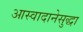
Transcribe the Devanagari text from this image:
आस्वादानेसुद्धा